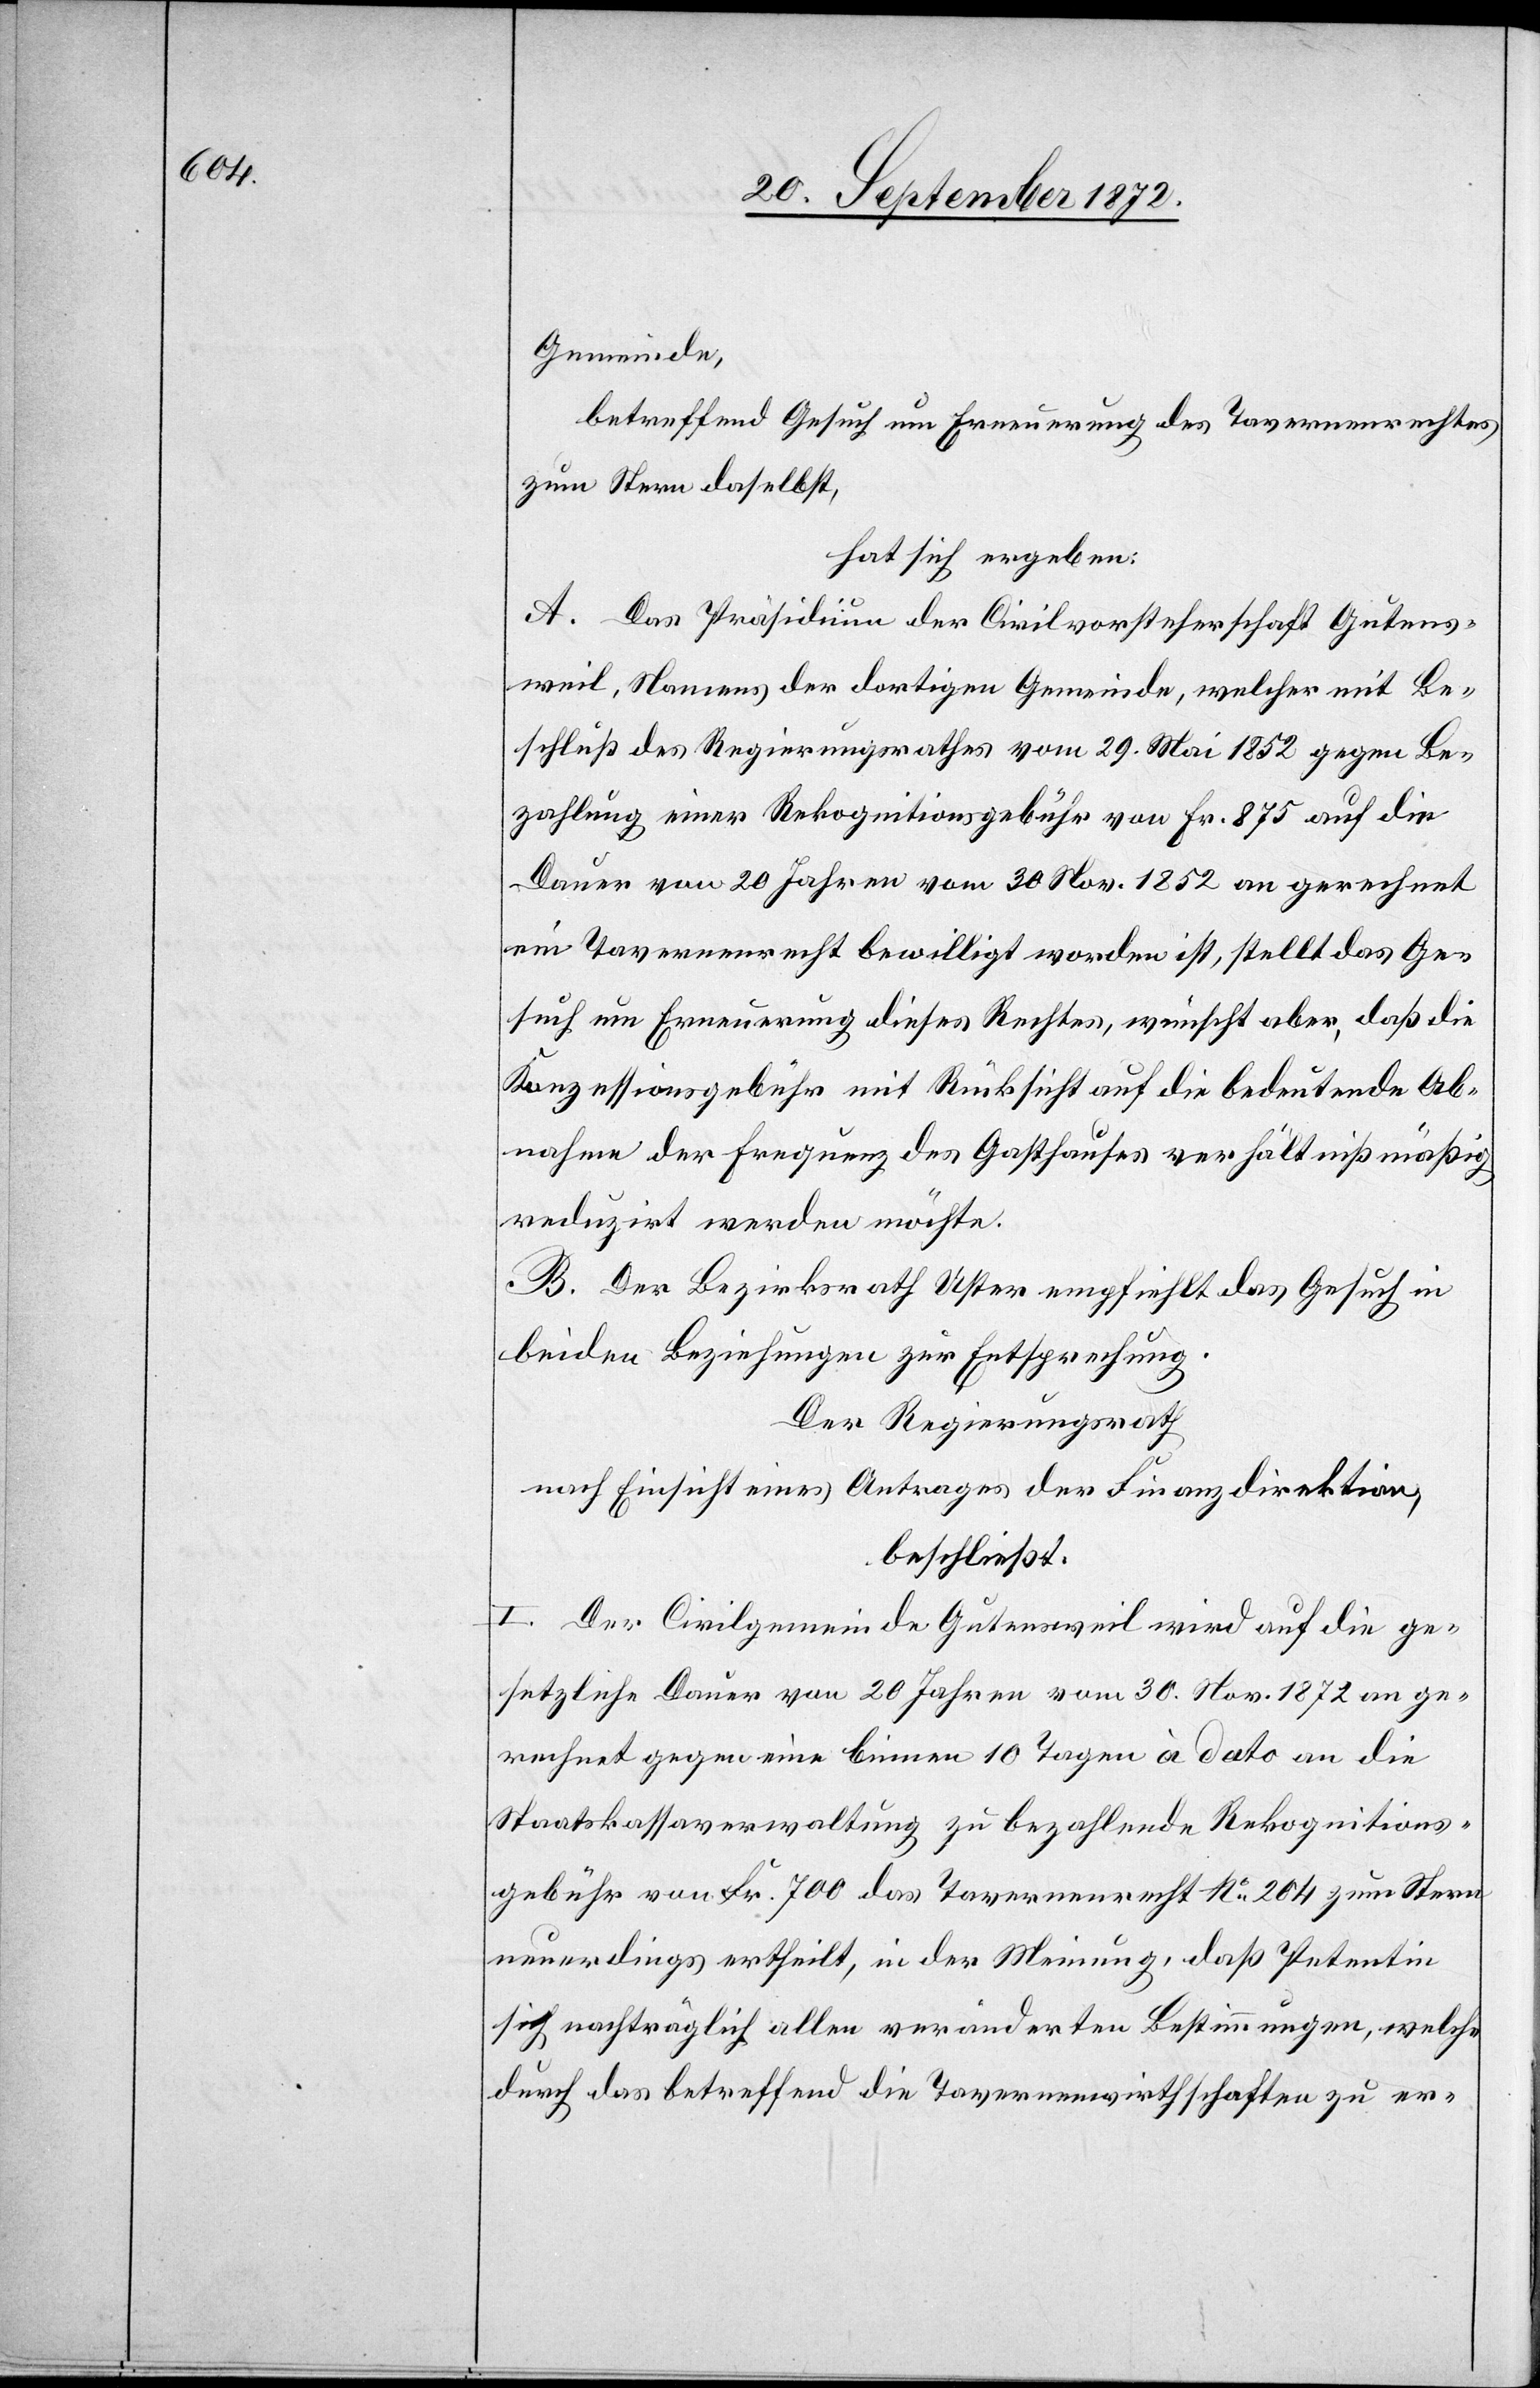
Gemeinde,
betreffend Gesuch um Erneuerung des Tavernenrechtes
zum Stern daselbst,
hat sich ergeben:
A. Das Präsidium der Civilvorsteherschaft Gutens¬
weil, Namens der dortigen Gemeinde, welcher mit Be¬
schluß des Regierungsrathes vom 29. Mai 1852 gegen Be¬
zahlung einer Rekognitionsgebühr von Fr. 875 auf die
Dauer von 20 Jahren vom 30. Nov. 1852 an gerechnet
ein Tavernenrecht bewilligt worden ist, stellt das Ge¬
such um Erneuerung dieses Rechtes, wünscht aber, daß die
Konzessionsgebühr mit Rücksicht auf die bedeutende Ab¬
nahme der Frequenz des Gasthauses verhältnißmäßig
reduzirt werden möchte.
B. Der Bezirksrath Uster empfiehlt das Gesuch in
beiden Beziehungen zur Entsprechung.
Der Regierungsrath
nach Einsicht eines Antrages der Finanzdirektion,
beschließt:
I. Der Civilgemeinde Gutensweil wird auf die ge¬
setzliche Dauer von 20 Jahren vom 30. Nov. 1872 an ge¬
rechnet gegen eine binnen 10 Tagen à dato an die
Staatskassaverwaltung zu bezahlende Rekognitions¬
gebühr von Fr. 700 das Tavernenrecht No 204 zum Stern
neuerdings ertheilt, in der Meinung, daß Petentin
sich nachträglich allen veränderten Bestimmungen, welche
durch das betreffend die Tavernenwirthschaften zu er-